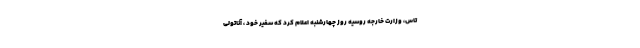
تاس، وزارت خارجه روسیه روز چهارشنبه اعلام کرد که سفیر خود ، آناتولی